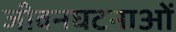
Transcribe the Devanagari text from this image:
जीवनघटनाओं